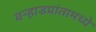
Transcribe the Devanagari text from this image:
वर्‍हाडप्रांतामध्ये